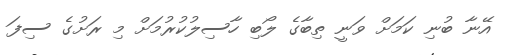
އޭނާ ބުނި ކަމަށް ވަނީ ތިބާގެ ލޯބި ހާސިލުކުރުމަށް މި ރަށުގެ ސިފަ